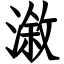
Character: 漵